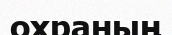
охраның